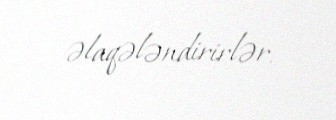
əlaqələndirirlər.